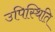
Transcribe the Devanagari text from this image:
उपिस्थिति